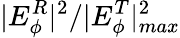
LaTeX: |E_{\phi}^{R}|^{2}/|E_{\phi}^{T}|_{max}^{2}